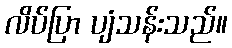
လိပ်ပြာ ပျံသန်းသည်။